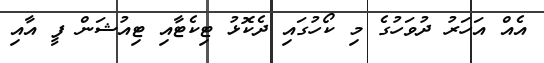
އެއް އަހަރު ދުވަހުގެ މި ކޯހުގައި ދެކޮޅު ޓިކެޓާއި ޓިއުޝަން ފީ އާއި